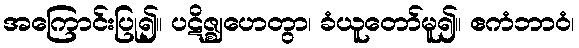
အကြောင်းပြု၍။ ပဋိဇ္ဈဟေတွာ၊ ခံယူတော်မူ၍။ ဧကံဘာဝံ၊